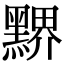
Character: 𪑹